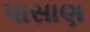
પાસાણ